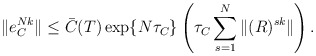
\begin{align*} \|e_C^{Nk}\|\leq \bar{C}(T)\exp\{N\tau_C\}\left(\tau_C\sum^{N}_{s=1}\|(R)^{sk}\|\right). \end{align*}